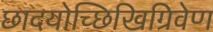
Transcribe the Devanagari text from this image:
छादयोच्छिखिग्रिवेण